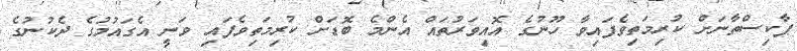
ޕާކިސްތާނަށް ކުރިމަތިވެފައިވާ ހޫނުގެ އޮއިވަރުތައް އެންމެ ބޮޑަށް ކުރިމަތިވެފައި ވަނީ އެގައުމުގެ ދެކުނުގެ